Vaccination in Bombay 1924-1928 - 1924-1928
Year: 1924
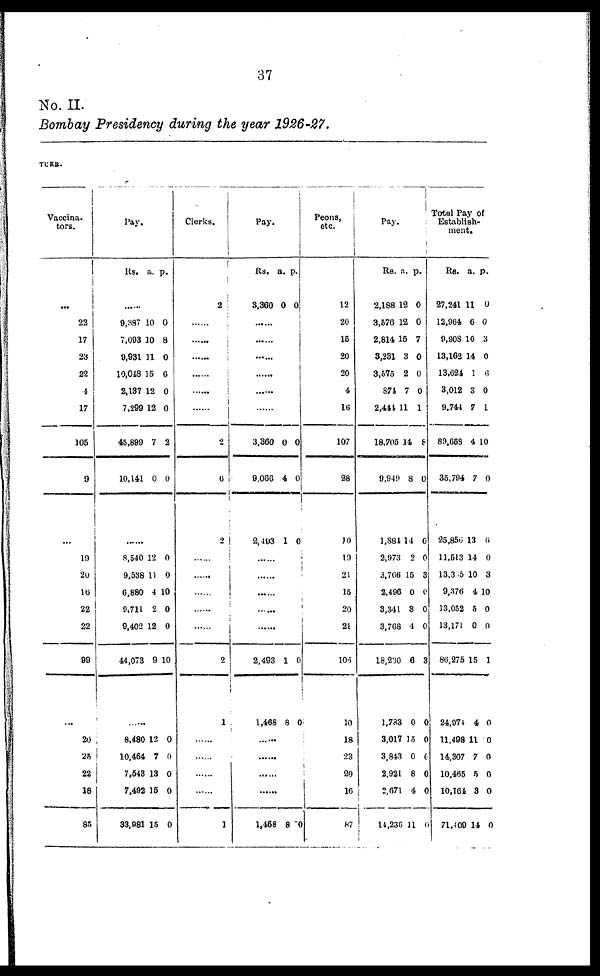
37
No. II.
Bombay Presidency during the year 1926-27.
TURE.
Vaccina¬
tors.
...
22
17
23
22
4
17
105
9
...
19
20
16
22
22
99
...
20
25
22
18
85
Pay
Rs. a. p.
...
9,387
7,093
9,931
10,018
2,137
7,299
45,890
10,141
10
10
11
15
12
12
7
0
0
8
0
6
0
0
2
0
......
8,540
9,538
6,880
9,711
9,402
44,073
12
11
4
2
12
9
0
0
10
0
0
10
......
8,480
10,464
7,543
7,492
33,981
12
7
13
15
15
0
0
0
0
0
Clerks.
2
......
......
......
......
......
2
6
2
......
......
......
......
......
2
1
......
......
......
......
1
Pay.
Rs.
3,360
a.
0
p.
0
......
......
......
......
......
......
3,360
9,066
2,493
0
4
1
0
0
0
......
......
......
......
......
2,493
1,468
1
8
0
0
......
......
......
......
1,468 8 0
Peons,
etc.
12
20
15
20
20
4
16
107
28
10
19
21
15
20
21
106
10
18
23
20
16
87
Pay.
Rs.
2,188
3,576
2,814 1
3,231
3,575
871
2,441
18,705
9,949
1,881
2,973
3,766
2,496
3,341
3,768
18,230
1,783
3,017
3,843
2,921
2,671
14,236
a.
12
12
15
3
2
7
11
14
8
14
2
15
0
3
1
6
0
15
0
8
4
11
p.
0
0
7
0
0
0
1
8
0
0
0
3
0
0
0
3
0
0
0
0
0
0
Total Pay of
Establish-
ment.
Rs.
27,241
12,964
9,908
13,162
13,621
3,012
9,744
89,658
35,794
25,856
11,513
13,315
9,376
13,052
13,171
86,275
24,974
11,498
14,307
10,485
10,164
71,409
a.
11
6
10
14
1
3
7
4
7
13
14
10
4
5
0
15
4
11
7
5
3
14
p.
0
0
3
0
6
0
1
10
0
6
0
3
10
0
0
1
0
0
0
0
0
0